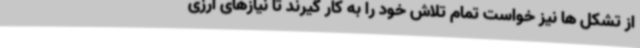
از تشکل ها نیز خواست تمام تلاش خود را به کار گیرند تا نیازهای ارزی